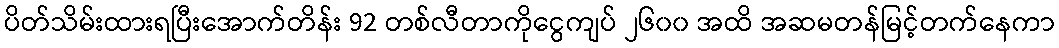
ပိတ်သိမ်းထားရပြီးအောက်တိန်း 92 တစ်လီတာကိုငွေကျပ် ၂၆၀၀ အထိ အဆမတန်မြင့်တက်နေကာ